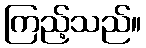
ကြည့်သည်။